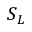
S _ { L }